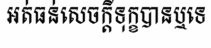
អត់ធន់សេចក្តីទុក្ខបានឬទេ